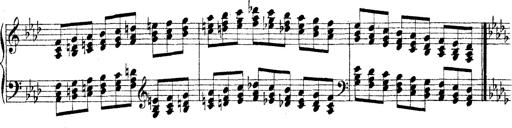
Title: Technische Studien
Composer: Franz Liszt